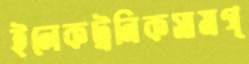
ইলেকট্রনিকসামগ্